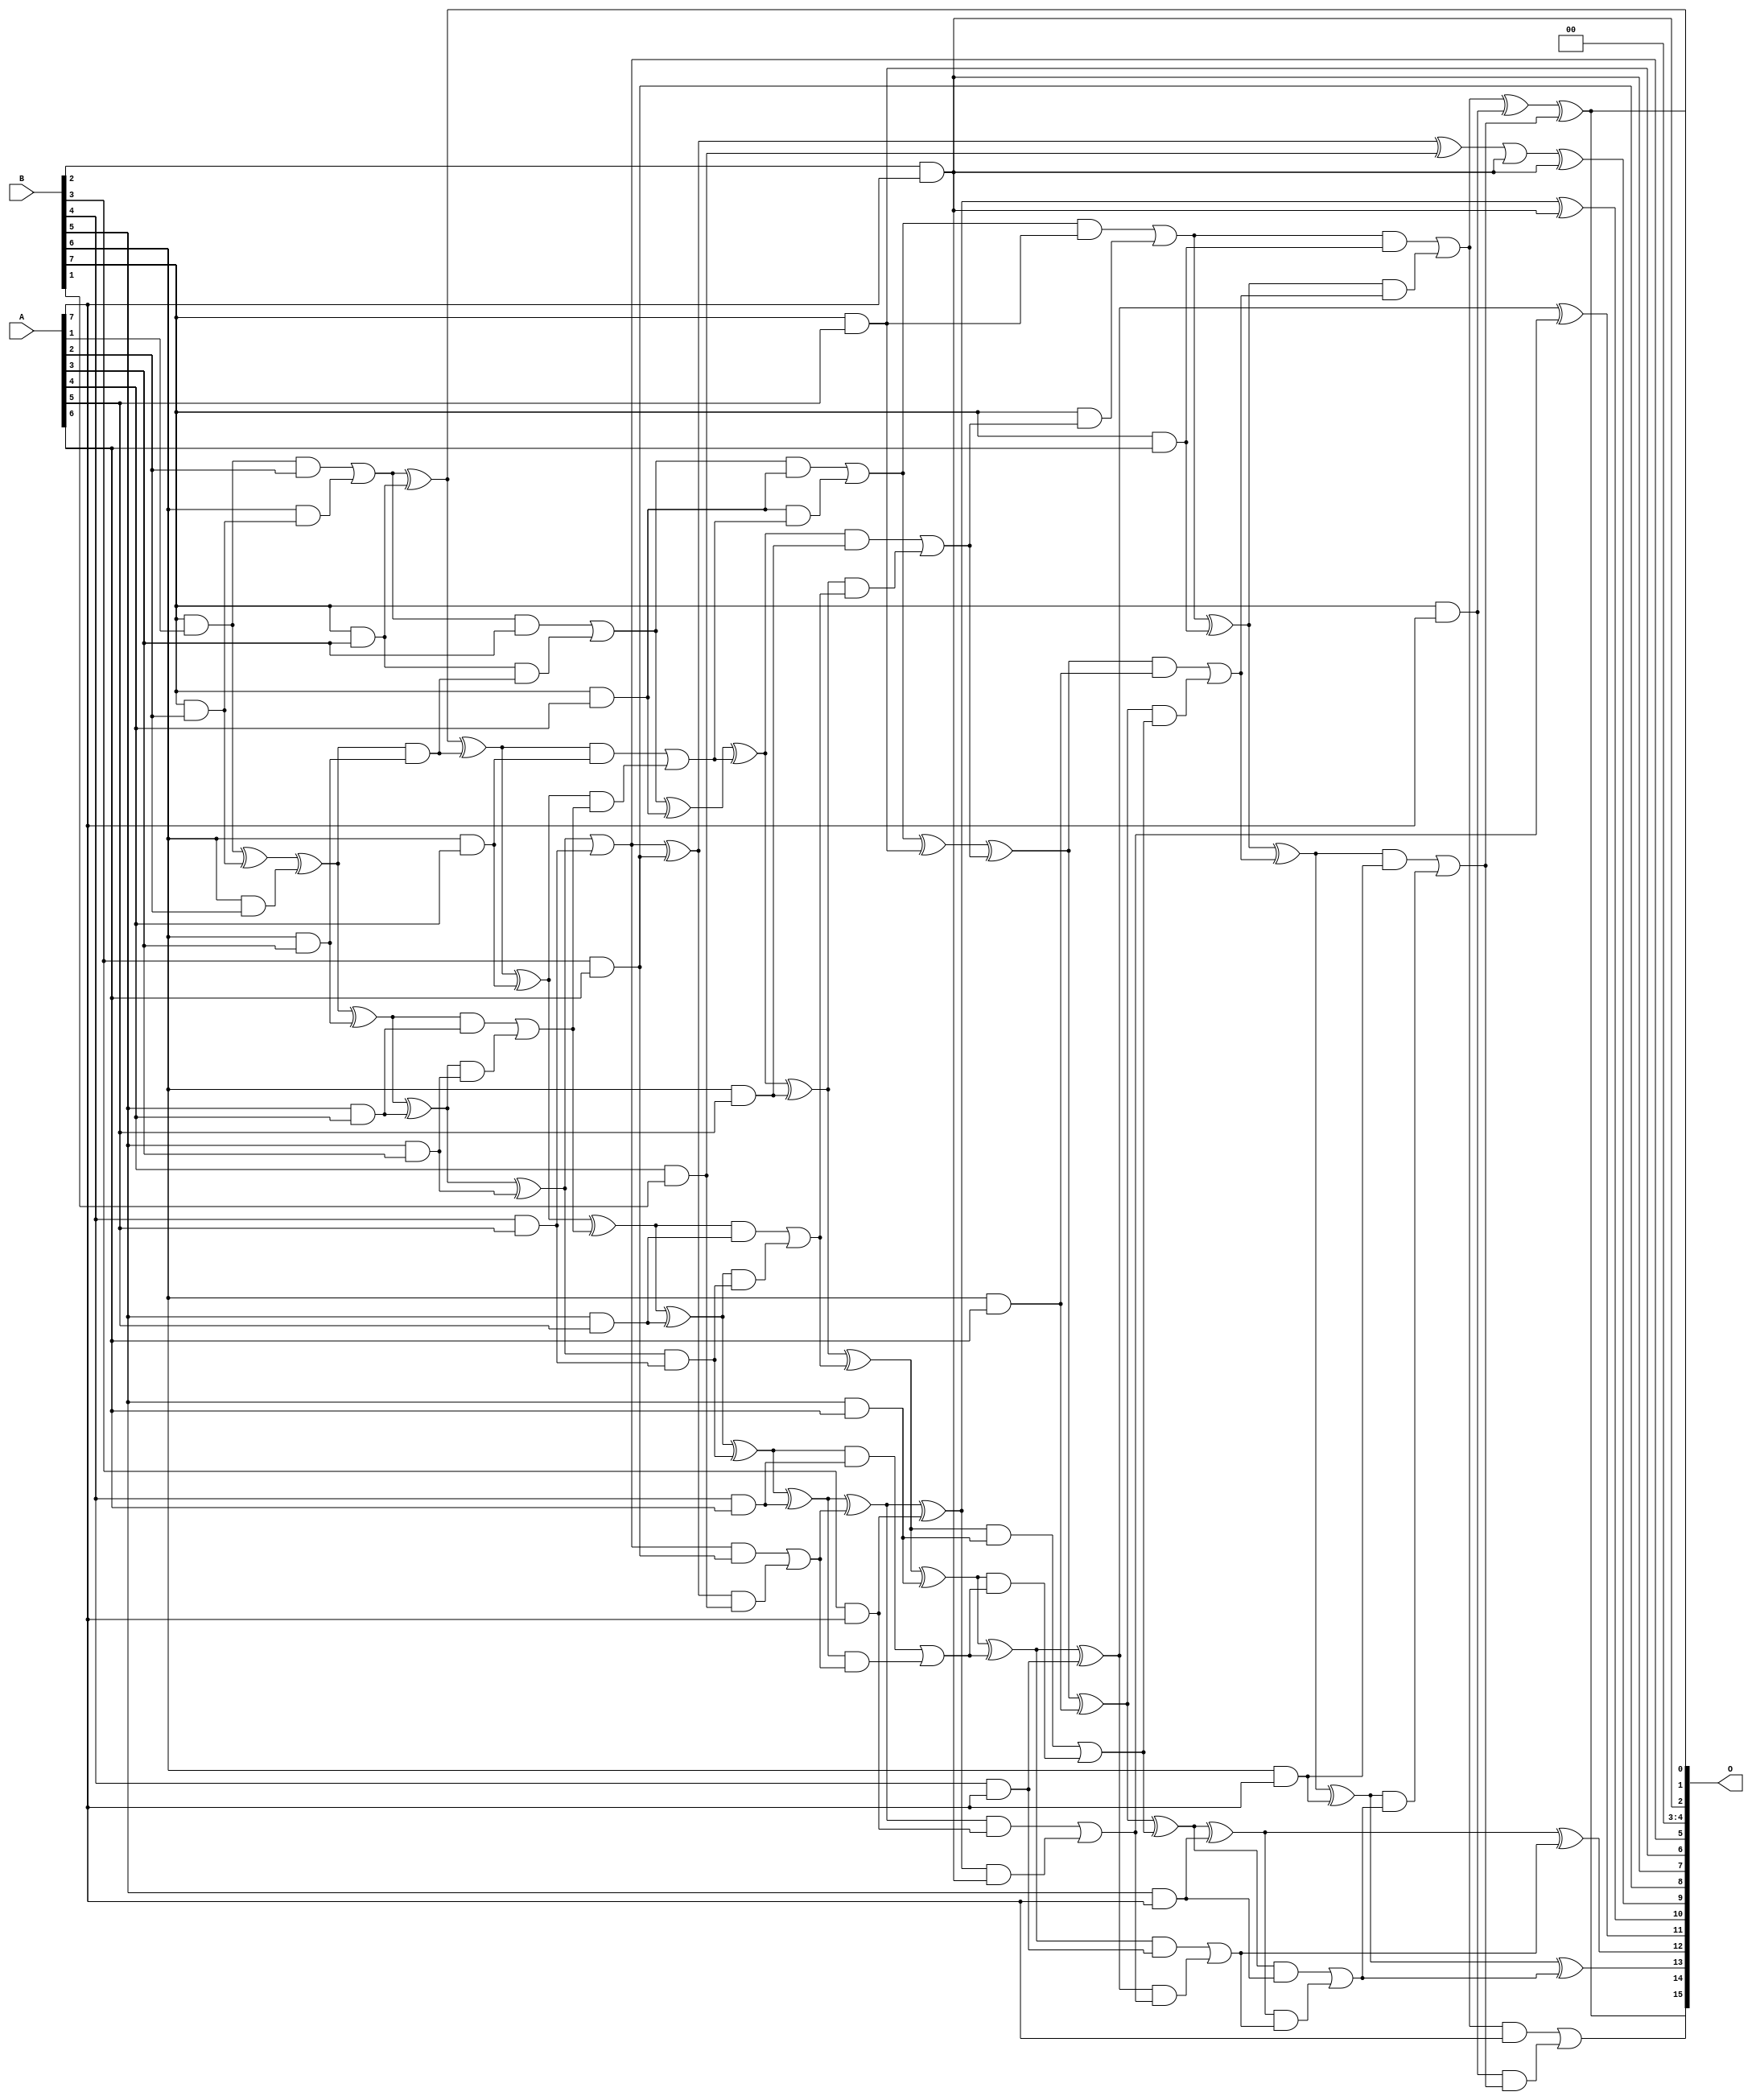
/***
* This code is a part of EvoApproxLib library (ehw.fit.vutbr.cz/approxlib) distributed under The MIT License.
* When used, please cite the following article(s): PRABAKARAN B. S., MRAZEK V., VASICEK Z., SEKANINA L., SHAFIQUE M. ApproxFPGAs: Embracing ASIC-based Approximate Arithmetic Components for FPGA-Based Systems. DAC 2020. 
***/
// MAE% = 0.47 %
// MAE = 305 
// WCE% = 2.06 %
// WCE = 1347 
// WCRE% = 1500.00 %
// EP% = 98.93 %
// MRE% = 9.37 %
// MSE = 145132 
// FPGA_POWER = 0.64
// FPGA_DELAY = 10
// FPGA_LUT = 34

module mul8u_176X (
    A,
    B,
    O
);

input [7:0] A;
input [7:0] B;
output [15:0] O;

wire sig_65,sig_72,sig_73,sig_90,sig_106,sig_107,sig_109,sig_110,sig_116,sig_117,sig_118,sig_146,sig_147,sig_151,sig_152,sig_153,sig_154,sig_155,sig_161,sig_162;
wire sig_163,sig_186,sig_187,sig_188,sig_189,sig_190,sig_191,sig_192,sig_193,sig_194,sig_195,sig_196,sig_197,sig_198,sig_199,sig_200,sig_205,sig_206,sig_207,sig_208;
wire sig_226,sig_227,sig_231,sig_232,sig_233,sig_234,sig_235,sig_236,sig_237,sig_238,sig_239,sig_240,sig_241,sig_242,sig_243,sig_244,sig_245,sig_249,sig_250,sig_251;
wire sig_252,sig_253,sig_262,sig_266,sig_267,sig_268,sig_269,sig_270,sig_271,sig_272,sig_273,sig_274,sig_275,sig_276,sig_277,sig_278,sig_279,sig_280,sig_281,sig_282;
wire sig_283,sig_284,sig_285,sig_286,sig_287,sig_288,sig_289,sig_290,sig_293,sig_294,sig_295,sig_296,sig_297,sig_298,sig_306,sig_309,sig_311,sig_312,sig_313,sig_314;
wire sig_315,sig_316,sig_317,sig_318,sig_319,sig_320,sig_321,sig_322,sig_323,sig_324,sig_325,sig_326,sig_327,sig_328,sig_329,sig_330,sig_331,sig_332,sig_333,sig_334;
wire sig_335;

assign sig_65 = B[7] & A[1];
assign sig_72 = B[6] & A[2];
assign sig_73 = B[7] & A[2];
assign sig_90 = B[6] & sig_73;
assign sig_106 = sig_65 ^ sig_73;
assign sig_107 = sig_65 & A[2];
assign sig_109 = sig_106 ^ sig_72;
assign sig_110 = sig_107 | sig_90;
assign sig_116 = B[5] & A[3];
assign sig_117 = B[6] & A[3];
assign sig_118 = B[7] & A[3];
assign sig_146 = sig_109 ^ sig_117;
assign sig_147 = sig_109 & sig_117;
assign sig_151 = sig_110 ^ sig_118;
assign sig_152 = sig_110 & A[3];
assign sig_153 = sig_118 & sig_147;
assign sig_154 = sig_151 ^ sig_147;
assign sig_155 = sig_152 | sig_153;
assign sig_161 = B[5] & A[4];
assign sig_162 = B[6] & A[4];
assign sig_163 = B[7] & A[4];
assign sig_186 = sig_146 ^ sig_161;
assign sig_187 = sig_146 & sig_161;
assign sig_188 = sig_186 & sig_116;
assign sig_189 = sig_186 ^ sig_116;
assign sig_190 = sig_187 | sig_188;
assign sig_191 = sig_154 ^ sig_162;
assign sig_192 = sig_154 & sig_162;
assign sig_193 = sig_191 & sig_190;
assign sig_194 = sig_191 ^ sig_190;
assign sig_195 = sig_192 | sig_193;
assign sig_196 = sig_155 ^ sig_163;
assign sig_197 = sig_155 & sig_163;
assign sig_198 = sig_163 & sig_195;
assign sig_199 = sig_196 ^ sig_195;
assign sig_200 = sig_197 | sig_198;
assign sig_205 = B[4] & A[5];
assign sig_206 = B[5] & A[5];
assign sig_207 = B[6] & A[5];
assign sig_208 = B[7] & A[5];
assign sig_226 = sig_189 | sig_205;
assign sig_227 = sig_189 & sig_205;
assign sig_231 = sig_194 ^ sig_206;
assign sig_232 = sig_194 & sig_206;
assign sig_233 = sig_231 & sig_227;
assign sig_234 = sig_231 ^ sig_227;
assign sig_235 = sig_232 | sig_233;
assign sig_236 = sig_199 ^ sig_207;
assign sig_237 = sig_199 & sig_207;
assign sig_238 = sig_236 & sig_235;
assign sig_239 = sig_236 ^ sig_235;
assign sig_240 = sig_237 | sig_238;
assign sig_241 = sig_200 ^ sig_208;
assign sig_242 = sig_200 & sig_208;
assign sig_243 = B[7] & sig_240;
assign sig_244 = sig_241 ^ sig_240;
assign sig_245 = sig_242 | sig_243;
assign sig_249 = B[3] & A[6];
assign sig_250 = B[4] & A[6];
assign sig_251 = B[5] & A[6];
assign sig_252 = B[6] & A[6];
assign sig_253 = B[7] & A[6];
assign sig_262 = A[4] & B[1];
assign sig_266 = sig_226 ^ sig_249;
assign sig_267 = sig_226 & sig_249;
assign sig_268 = sig_266 & sig_262;
assign sig_269 = sig_266 ^ sig_262;
assign sig_270 = sig_267 | sig_268;
assign sig_271 = sig_234 ^ sig_250;
assign sig_272 = sig_234 & sig_250;
assign sig_273 = sig_271 & sig_270;
assign sig_274 = sig_271 ^ sig_270;
assign sig_275 = sig_272 | sig_273;
assign sig_276 = sig_239 ^ sig_251;
assign sig_277 = sig_239 & sig_251;
assign sig_278 = sig_276 & sig_275;
assign sig_279 = sig_276 ^ sig_275;
assign sig_280 = sig_277 | sig_278;
assign sig_281 = sig_244 ^ sig_252;
assign sig_282 = sig_244 & sig_252;
assign sig_283 = sig_281 & sig_280;
assign sig_284 = sig_281 ^ sig_280;
assign sig_285 = sig_282 | sig_283;
assign sig_286 = sig_245 ^ sig_253;
assign sig_287 = sig_245 & sig_253;
assign sig_288 = sig_286 & sig_285;
assign sig_289 = sig_286 ^ sig_285;
assign sig_290 = sig_287 | sig_288;
assign sig_293 = B[2] & A[7];
assign sig_294 = B[3] & A[7];
assign sig_295 = B[4] & A[7];
assign sig_296 = B[5] & A[7];
assign sig_297 = B[6] & A[7];
assign sig_298 = B[7] & A[7];
assign sig_306 = sig_269 | sig_293;
assign sig_309 = sig_306 ^ sig_293;
assign sig_311 = sig_274 ^ sig_294;
assign sig_312 = sig_274 & sig_294;
assign sig_313 = sig_311 & sig_293;
assign sig_314 = sig_311 ^ sig_293;
assign sig_315 = sig_312 | sig_313;
assign sig_316 = sig_279 ^ sig_295;
assign sig_317 = sig_279 & sig_295;
assign sig_318 = sig_316 & sig_315;
assign sig_319 = sig_316 ^ sig_315;
assign sig_320 = sig_317 | sig_318;
assign sig_321 = sig_284 ^ sig_296;
assign sig_322 = sig_284 & sig_296;
assign sig_323 = sig_321 & sig_320;
assign sig_324 = sig_321 ^ sig_320;
assign sig_325 = sig_322 | sig_323;
assign sig_326 = sig_289 ^ sig_297;
assign sig_327 = sig_289 & sig_297;
assign sig_328 = sig_326 & sig_325;
assign sig_329 = sig_326 ^ sig_325;
assign sig_330 = sig_327 | sig_328;
assign sig_331 = sig_290 ^ sig_298;
assign sig_332 = sig_290 & A[7];
assign sig_333 = sig_298 & sig_330;
assign sig_334 = sig_331 ^ sig_330;
assign sig_335 = sig_332 | sig_333;

assign O[15] = sig_335;
assign O[14] = sig_334;
assign O[13] = sig_329;
assign O[12] = sig_324;
assign O[11] = sig_319;
assign O[10] = sig_314;
assign O[9] = sig_309;
assign O[8] = sig_249;
assign O[7] = sig_293;
assign O[6] = sig_208;
assign O[5] = sig_226;
assign O[4] = 1'b0;
assign O[3] = 1'b0;
assign O[2] = sig_293;
assign O[1] = sig_334;
assign O[0] = sig_151;

endmodule